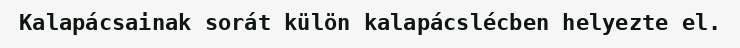
Kalapácsainak sorát külön kalapácslécben helyezte el.